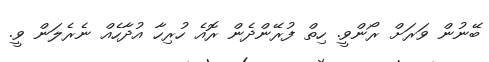
ބޭނުން ވަރަށް ރޯންވީ. ހިތް ފުރޭންދެން ރޮއެ ހުރިހާ އުދާހެއް ނެރެލަން ވީ.